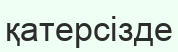
қатерсізде